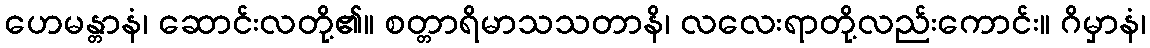
ဟေမန္တာနံ၊ ဆောင်းလတို့၏။ စတ္တာရိမာသသတာနိ၊ လလေးရာတို့လည်းကောင်း။ ဂိမှာနံ၊